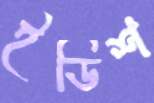
ইডিশ